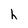
Character: h